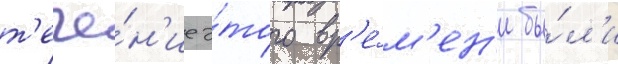
т'ече́н'ие э́того вр'е́м'ен'и бы́л'и